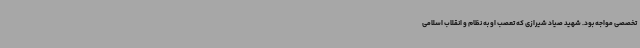
تخصصی مواجه بود. شهید صیاد شیرازی که تعصب او به نظام و انقلاب اسلامی